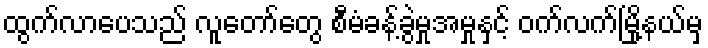
ထွက်လာပေသည် လူတော်တွေ စီမံခန့်ခွဲမှုအမှုနှင့် ဝက်လက်မြို့နယ်မှ